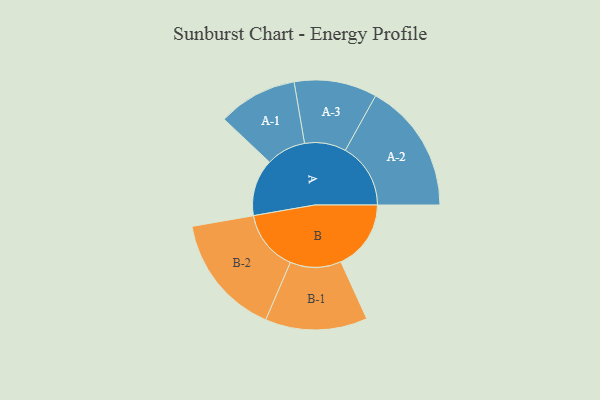
{"axis": {"x": "Segment", "y": "Value"}, "legend": ["", "A", "B"], "data": [{"x": "A", "y": 224, "type": ""}, {"x": "B", "y": 276, "type": ""}, {"x": "A-1", "y": 156, "type": "A"}, {"x": "A-2", "y": 257, "type": "A"}, {"x": "A-3", "y": 163, "type": "A"}, {"x": "B-1", "y": 201, "type": "B"}, {"x": "B-2", "y": 240, "type": "B"}]}